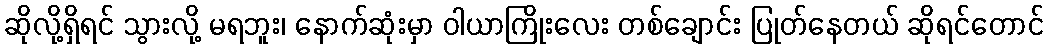
ဆိုလို့ရှိရင် သွားလို့ မရဘူး၊ နောက်ဆုံးမှာ ဝါယာကြိုးလေး တစ်ချောင်း ပြုတ်နေတယ် ဆိုရင်တောင်